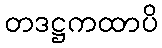
တဒဋ္ဌကထာပိ